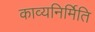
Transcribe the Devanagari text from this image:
काव्यनिर्मिति